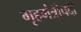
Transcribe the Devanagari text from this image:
गृहमंत्रीपदी